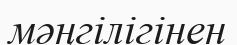
мәңгілігінен